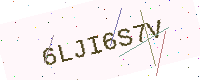
Text: 6LJI6S7V